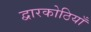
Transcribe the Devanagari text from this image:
द्वारकोठियाँ